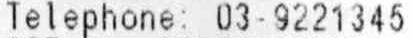
TELEPHONE: 03-9221345